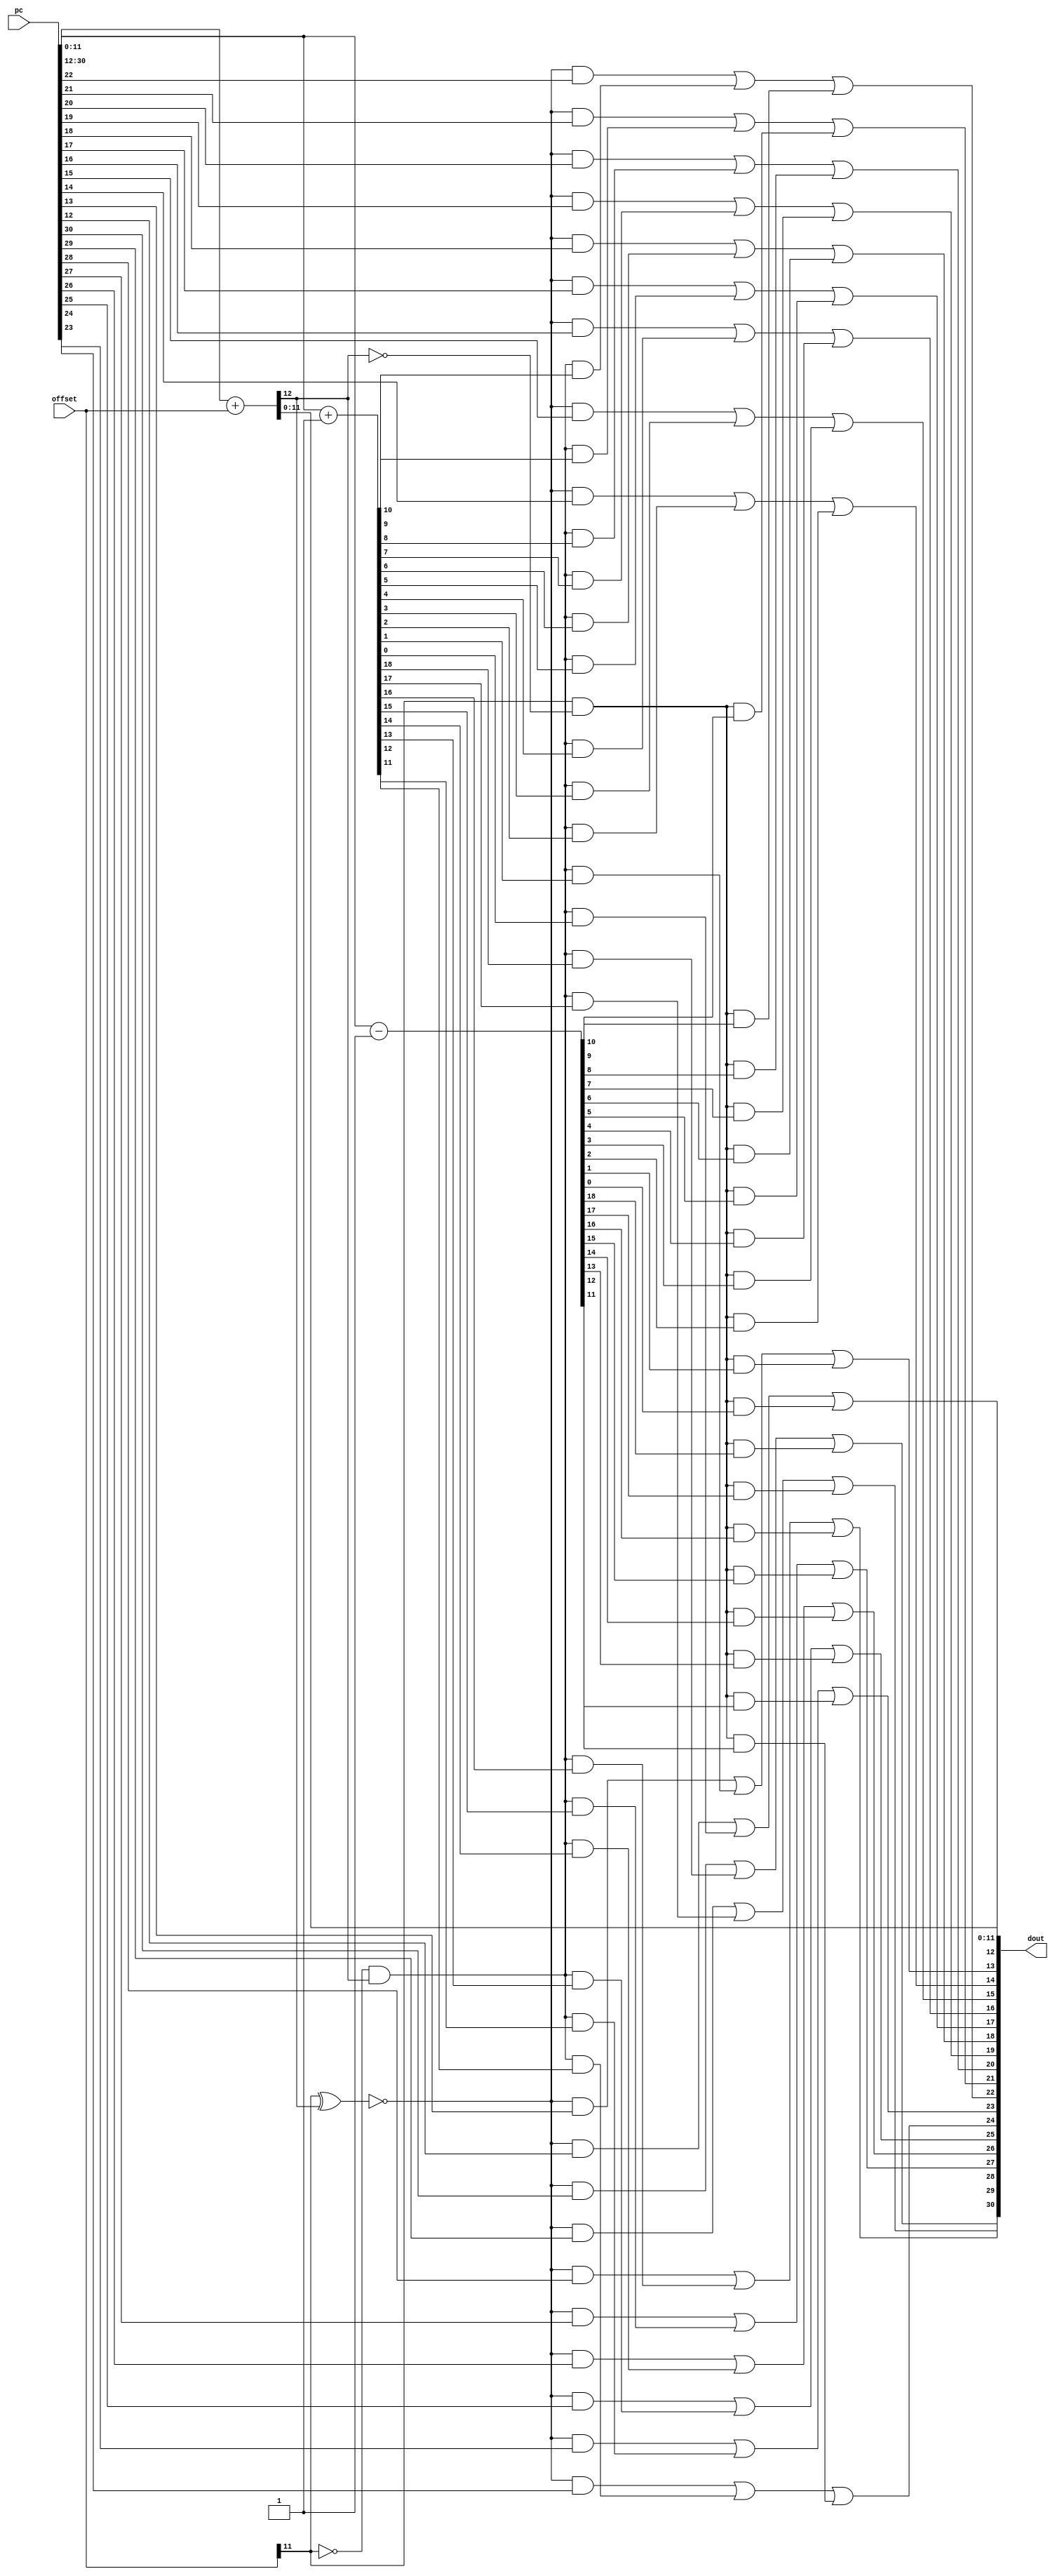
module rvbradder
(
  pc,
  offset,
  dout
);

  input [31:1] pc;
  input [12:1] offset;
  output [31:1] dout;
  wire [31:1] dout;
  wire N0,N1,N2,N3,N4,N5,N6,N7,N8,N9,N10,N11,N12,N13,N14,N15,N16,N17,N18,cout,N19,N20,
  N21,N22,N23,N24,N25,N26,N27,N28,N29,N30,N31,N32,N33,N34,N35,N36,N37,N38,N39,N40,
  N41,N42,N43,N44,N45,N46,N47,N48,N49,N50,N51,N52,N53,N54,N55,N56,N57,N58,N59,N60,
  N61,N62,N63,N64,N65,N66,N67,N68,N69,N70,N71,N72,N73,N74,N75,N76,N77,N78,N79,N80,
  N81,N82,N83,N84,N85,N86,N87,N88,N89,N90,N91,N92,N93,N94,N95,N96,N97,N98,N99,N100,
  N101,N102,N103,N104,N105,N106,N107,N108,N109,N110,N111,N112,N113,N114,N115,N116,
  N117,N118,N119,N120,N121,N122,N123,N124,N125,N126,N127,N128,N129,N130,N131,N132,
  N133,N134,N135,N136,N137,N138,N139,N140,N141,N142,N143,N144,N145,N146,N147,N148,
  N149,N150,N151,N152,N153;
  wire [31:13] pc_inc,pc_dec;
  assign { cout, dout[12:1] } = pc[12:1] + offset;
  assign pc_inc = pc[31:13] + 1'b1;
  assign pc_dec = pc[31:13] - 1'b1;
  assign dout[31] = N24 | N27;
  assign N24 = N20 | N23;
  assign N20 = N19 & pc[31];
  assign N0 = offset[12] ^ cout;
  assign N19 = ~N0;
  assign N23 = N22 & pc_inc[31];
  assign N22 = N21 & cout;
  assign N21 = ~offset[12];
  assign N27 = N26 & pc_dec[31];
  assign N26 = offset[12] & N25;
  assign N25 = ~cout;
  assign dout[30] = N32 | N34;
  assign N32 = N29 | N31;
  assign N29 = N28 & pc[30];
  assign N1 = offset[12] ^ cout;
  assign N28 = ~N1;
  assign N31 = N30 & pc_inc[30];
  assign N30 = N21 & cout;
  assign N34 = N33 & pc_dec[30];
  assign N33 = offset[12] & N25;
  assign dout[29] = N39 | N41;
  assign N39 = N36 | N38;
  assign N36 = N35 & pc[29];
  assign N2 = offset[12] ^ cout;
  assign N35 = ~N2;
  assign N38 = N37 & pc_inc[29];
  assign N37 = N21 & cout;
  assign N41 = N40 & pc_dec[29];
  assign N40 = offset[12] & N25;
  assign dout[28] = N46 | N48;
  assign N46 = N43 | N45;
  assign N43 = N42 & pc[28];
  assign N3 = offset[12] ^ cout;
  assign N42 = ~N3;
  assign N45 = N44 & pc_inc[28];
  assign N44 = N21 & cout;
  assign N48 = N47 & pc_dec[28];
  assign N47 = offset[12] & N25;
  assign dout[27] = N53 | N55;
  assign N53 = N50 | N52;
  assign N50 = N49 & pc[27];
  assign N4 = offset[12] ^ cout;
  assign N49 = ~N4;
  assign N52 = N51 & pc_inc[27];
  assign N51 = N21 & cout;
  assign N55 = N54 & pc_dec[27];
  assign N54 = offset[12] & N25;
  assign dout[26] = N60 | N62;
  assign N60 = N57 | N59;
  assign N57 = N56 & pc[26];
  assign N5 = offset[12] ^ cout;
  assign N56 = ~N5;
  assign N59 = N58 & pc_inc[26];
  assign N58 = N21 & cout;
  assign N62 = N61 & pc_dec[26];
  assign N61 = offset[12] & N25;
  assign dout[25] = N67 | N69;
  assign N67 = N64 | N66;
  assign N64 = N63 & pc[25];
  assign N6 = offset[12] ^ cout;
  assign N63 = ~N6;
  assign N66 = N65 & pc_inc[25];
  assign N65 = N21 & cout;
  assign N69 = N68 & pc_dec[25];
  assign N68 = offset[12] & N25;
  assign dout[24] = N74 | N76;
  assign N74 = N71 | N73;
  assign N71 = N70 & pc[24];
  assign N7 = offset[12] ^ cout;
  assign N70 = ~N7;
  assign N73 = N72 & pc_inc[24];
  assign N72 = N21 & cout;
  assign N76 = N75 & pc_dec[24];
  assign N75 = offset[12] & N25;
  assign dout[23] = N81 | N83;
  assign N81 = N78 | N80;
  assign N78 = N77 & pc[23];
  assign N8 = offset[12] ^ cout;
  assign N77 = ~N8;
  assign N80 = N79 & pc_inc[23];
  assign N79 = N21 & cout;
  assign N83 = N82 & pc_dec[23];
  assign N82 = offset[12] & N25;
  assign dout[22] = N88 | N90;
  assign N88 = N85 | N87;
  assign N85 = N84 & pc[22];
  assign N9 = offset[12] ^ cout;
  assign N84 = ~N9;
  assign N87 = N86 & pc_inc[22];
  assign N86 = N21 & cout;
  assign N90 = N89 & pc_dec[22];
  assign N89 = offset[12] & N25;
  assign dout[21] = N95 | N97;
  assign N95 = N92 | N94;
  assign N92 = N91 & pc[21];
  assign N10 = offset[12] ^ cout;
  assign N91 = ~N10;
  assign N94 = N93 & pc_inc[21];
  assign N93 = N21 & cout;
  assign N97 = N96 & pc_dec[21];
  assign N96 = offset[12] & N25;
  assign dout[20] = N102 | N104;
  assign N102 = N99 | N101;
  assign N99 = N98 & pc[20];
  assign N11 = offset[12] ^ cout;
  assign N98 = ~N11;
  assign N101 = N100 & pc_inc[20];
  assign N100 = N21 & cout;
  assign N104 = N103 & pc_dec[20];
  assign N103 = offset[12] & N25;
  assign dout[19] = N109 | N111;
  assign N109 = N106 | N108;
  assign N106 = N105 & pc[19];
  assign N12 = offset[12] ^ cout;
  assign N105 = ~N12;
  assign N108 = N107 & pc_inc[19];
  assign N107 = N21 & cout;
  assign N111 = N110 & pc_dec[19];
  assign N110 = offset[12] & N25;
  assign dout[18] = N116 | N118;
  assign N116 = N113 | N115;
  assign N113 = N112 & pc[18];
  assign N13 = offset[12] ^ cout;
  assign N112 = ~N13;
  assign N115 = N114 & pc_inc[18];
  assign N114 = N21 & cout;
  assign N118 = N117 & pc_dec[18];
  assign N117 = offset[12] & N25;
  assign dout[17] = N123 | N125;
  assign N123 = N120 | N122;
  assign N120 = N119 & pc[17];
  assign N14 = offset[12] ^ cout;
  assign N119 = ~N14;
  assign N122 = N121 & pc_inc[17];
  assign N121 = N21 & cout;
  assign N125 = N124 & pc_dec[17];
  assign N124 = offset[12] & N25;
  assign dout[16] = N130 | N132;
  assign N130 = N127 | N129;
  assign N127 = N126 & pc[16];
  assign N15 = offset[12] ^ cout;
  assign N126 = ~N15;
  assign N129 = N128 & pc_inc[16];
  assign N128 = N21 & cout;
  assign N132 = N131 & pc_dec[16];
  assign N131 = offset[12] & N25;
  assign dout[15] = N137 | N139;
  assign N137 = N134 | N136;
  assign N134 = N133 & pc[15];
  assign N16 = offset[12] ^ cout;
  assign N133 = ~N16;
  assign N136 = N135 & pc_inc[15];
  assign N135 = N21 & cout;
  assign N139 = N138 & pc_dec[15];
  assign N138 = offset[12] & N25;
  assign dout[14] = N144 | N146;
  assign N144 = N141 | N143;
  assign N141 = N140 & pc[14];
  assign N17 = offset[12] ^ cout;
  assign N140 = ~N17;
  assign N143 = N142 & pc_inc[14];
  assign N142 = N21 & cout;
  assign N146 = N145 & pc_dec[14];
  assign N145 = offset[12] & N25;
  assign dout[13] = N151 | N153;
  assign N151 = N148 | N150;
  assign N148 = N147 & pc[13];
  assign N18 = offset[12] ^ cout;
  assign N147 = ~N18;
  assign N150 = N149 & pc_inc[13];
  assign N149 = N21 & cout;
  assign N153 = N152 & pc_dec[13];
  assign N152 = offset[12] & N25;

endmodule